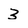
Character: 3